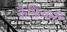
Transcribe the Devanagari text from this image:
कैफियती